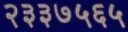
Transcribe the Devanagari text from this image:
२३३७५६५